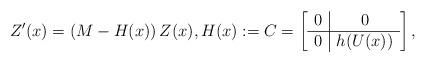
LaTeX: \begin{align*} Z'(x) = (M - H(x))\, Z(x), H(x):= C=\left[\begin{array}{c|c}0 & 0 \\ \hline 0 & h(U(x))\end{array}\right],\end{align*}